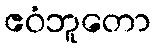
ဧဝံဘူတော